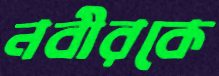
নবীরকে